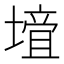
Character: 𡐁